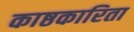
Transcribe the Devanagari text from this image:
काष्ठकारिता